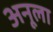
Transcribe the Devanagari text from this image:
अनूला